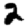
Digit: 2